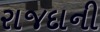
રાજદાની